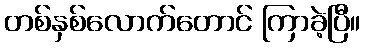
တစ်နှစ်လောက်တောင် ကြာခဲ့ပြီ။